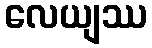
လေယျဿ